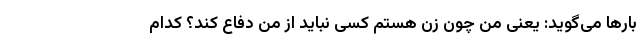
بارها می‌گوید: یعنی من چون زن هستم کسی نباید از من دفاع کند؟‌ کدام